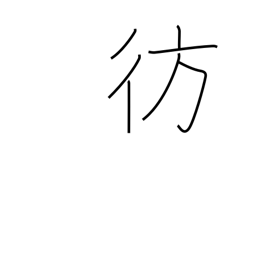
Meaning: stray